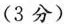
(3分)